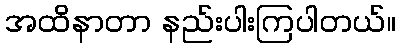
အထိနာတာ နည်းပါးကြပါတယ်။